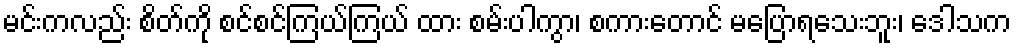
မင်းကလည်း စိတ်ကို စင်စင်ကြယ်ကြယ် ထား စမ်းပါကွာ၊ စကားတောင် မပြောရသေးဘူး၊ ဒေါသက